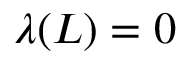
\lambda ( L ) = 0